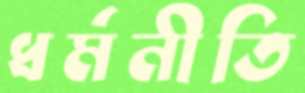
ধর্মনীতি